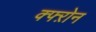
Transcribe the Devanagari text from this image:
क्फ्ऱोन